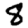
Digit: 8